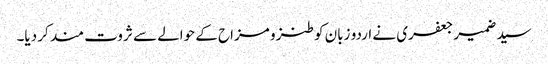
سید ضمیر جعفری نے اردو زبان کو طنز و مزاح کے حوالے سے ثروت مند کر دیا۔